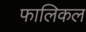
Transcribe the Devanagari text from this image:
फालिकल